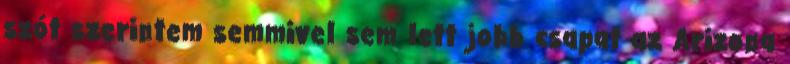
szót szerintem semmivel sem lett jobb csapat az Arizona